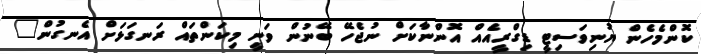
ކޮންމެހެން ޔުނިވަސިޓީ ޑިގްރީއެއް އޮންނާކަށް ނުޖެހޭ ބޭނުން ވަނީ މިކަންތައް ރަނގަޅަށް އެނގުން"